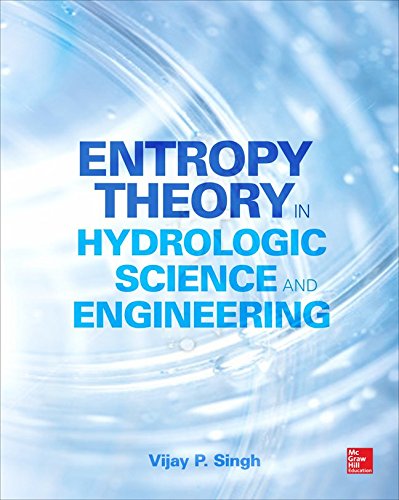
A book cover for Entropy Theory in Hydrologic Science and Engineering; Vijay Singh; Science & Math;